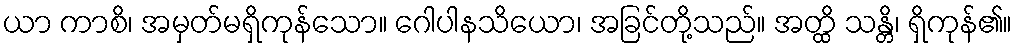
ယာ ကာစိ၊ အမှတ်မရှိကုန်သော။ ဂေါပါနသိယော၊ အခြင်တို့သည်။ အတ္ထိ သန္တိ၊ ရှိကုန်၏။